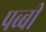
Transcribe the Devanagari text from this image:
पब्बी